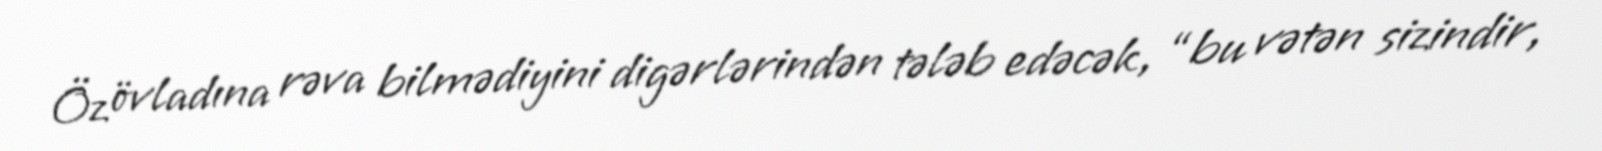
Öz övladına rəva bilmədiyini digərlərindən tələb edəcək, “bu vətən sizindir,